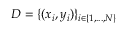
D = \{ ( x _ { i } , y _ { i } ) \} _ { i \in \{ 1 , . . . , N \} }